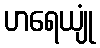
ဟရေယျုံ